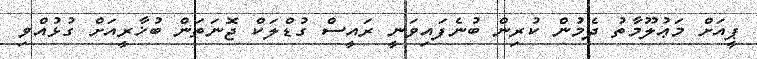
ޕީއަށް މަޢުލޫމާތު ދެމުން ކުރިން ބުނެފައިވަނީ ރައީސް ގުޑްލަކް ޖޮނަތަން ބުޚާރީއަށް ގުޅުއްވި